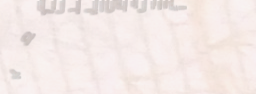
أحدث موديلات العبايات وال